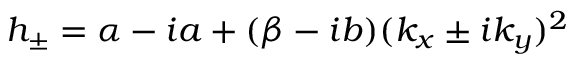
h _ { \pm } = \alpha - i a + ( \beta - i b ) ( k _ { x } \pm i k _ { y } ) ^ { 2 }